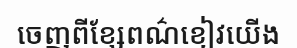
ចេញពីខ្សែពណ៌ខៀវយើង